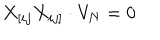
X _ { [ i j } X _ { i j ] } \cdot V _ { N } = 0